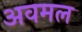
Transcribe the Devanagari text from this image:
अवमल